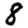
Digit: 8